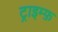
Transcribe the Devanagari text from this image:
ट्राइम्फ़